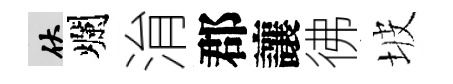
伏爛㳙郡讓彿坡